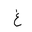
Letter: _gayn